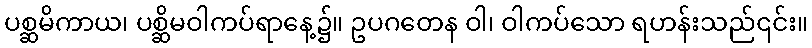
ပစ္ဆမိကာယ၊ ပစ္ဆိမဝါကပ်ရာနေ့၌။ ဥပဂတေန ဝါ၊ ဝါကပ်သော ရဟန်းသည်၎င်း။